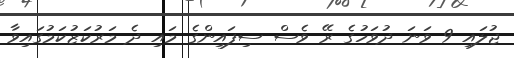
ޖުލައި 9 ވަނަ ދުވަހުގެ ރޭ ވެސް ސިފައިންގެ މައި ދެ މަރުކަޒުކަމުގައިވާ